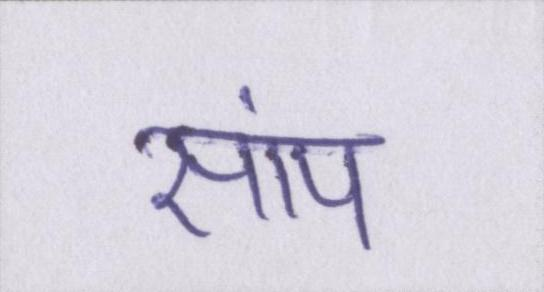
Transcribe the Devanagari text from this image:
सांप